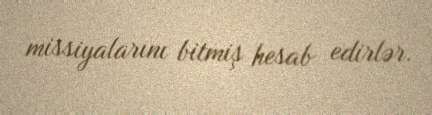
missiyalarını bitmiş hesab edirlər.